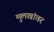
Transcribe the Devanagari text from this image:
मुलखांवर